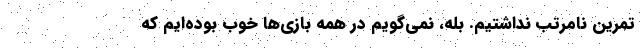
تمرین نامرتب نداشتیم. بله، نمی‌گویم در همه بازی‌ها خوب بوده‌ایم که